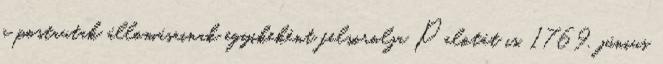
a postautak állomásainak egyikeként felsorolja Palotát is. 1769. június